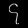
Digit: ၄